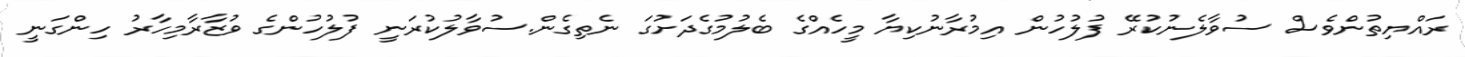
ރައްޔިތުންވެސް ސުވާލެނުކުރޭ ފުލުހުން އިމުރާނުކިޔާ މީހެއްގެ ބެލުމުގެދަށުގަ ނެތިގެން.ސުވާލުކުރަނީ ފުލުހުންގެ ވުޒާރާމިހާރު ހިންގަނީ